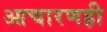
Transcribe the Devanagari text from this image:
आचारणही